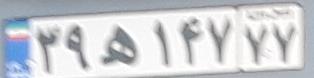
۳۹ه۱۴۷۷۷